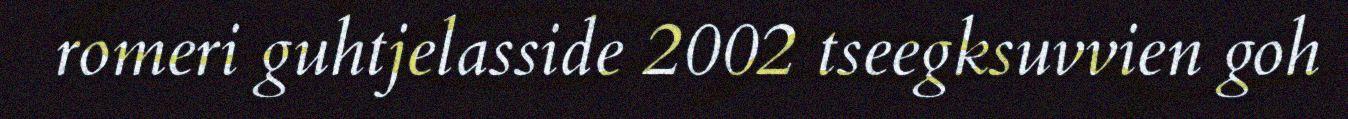
romeri guhtjelasside 2002 tseegksuvvien goh